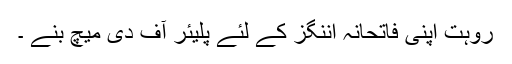
روہت اپنی فاتحانہ اننگز کے لئے پلیئر آف دی میچ بنے ۔